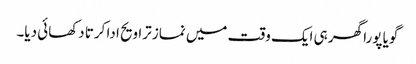
گویا پورا گھر ہی ایک وقت میں نماز تراویح ادا کرتا دکھائی دیا۔